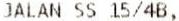
JALAN SS 15/4B,